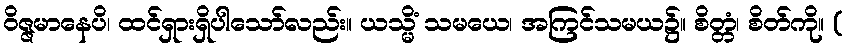
ဝိဇ္ဇမာနေပိ၊ ထင်ရှားရှိပါသော်လည်း။ ယသ္မိံ သမယေ၊ အကြင်သမယ၌။ စိတ္တံ၊ စိတ်ကို။ (